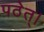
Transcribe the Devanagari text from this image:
पठेत्।